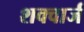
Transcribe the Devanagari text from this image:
शक्वार्ज